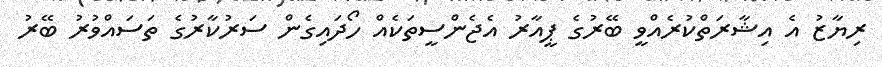
ރިޔާޒު އެ އިޝާރަތްކުރެއްވީ ބޭރުގެ ޕީއާރު އެޖެންސީތަކެއް ހޯދައިގެން ސަރުކާރުގެ ތަސައްވުރު ބޭރު